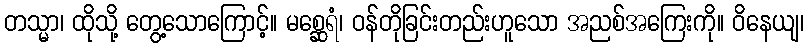
တသ္မာ၊ ထိုသို့ တွေ့သောကြောင့်။ မစ္ဆေရံ၊ ဝန်တိုခြင်းတည်းဟူသော အညစ်အကြေးကို။ ဝိနေယျ၊